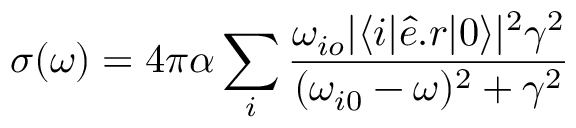
\sigma ( \omega ) = 4 \pi \alpha \sum _ { i } \frac { \omega _ { i o } | \langle i | \boldsymbol { \hat { e } . r } | 0 \rangle | ^ { 2 } \gamma ^ { 2 } } { ( \omega _ { i 0 } - \omega ) ^ { 2 } + \gamma ^ { 2 } }